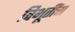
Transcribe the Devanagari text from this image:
विभूतींचा